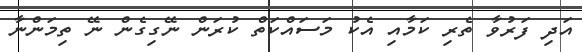
އަދި ފަރުވާ ތެރި ކަމާއި އެކު މަސައްކަތް ކުރަން ނޭގިގެން ނޭ ތިމަންނާ